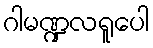
ဂါမဏ္ဍလရူပေါ